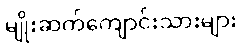
မျိုးဆက်ကျောင်းသားများ